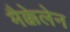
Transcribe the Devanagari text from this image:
मैक्केलेन